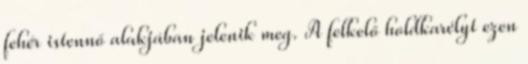
fehér istennő alakjában jelenik meg. A felkelő holdkarélyt ezen